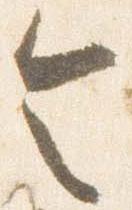
令